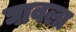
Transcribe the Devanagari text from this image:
घावला